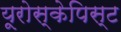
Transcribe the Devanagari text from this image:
यूरोस्केपिस्ट